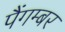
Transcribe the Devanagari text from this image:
पैंगम्‍बर